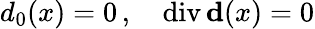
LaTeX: d_{0}(x)=0\, ,\quad\mathrm{div}\, {\mathbf d}(x)=0